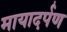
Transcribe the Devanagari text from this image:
मायादर्पण